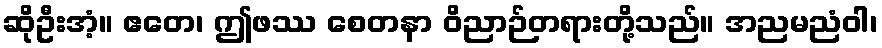
ဆိုဦးအံ့။ ဧတေ၊ ဤဖဿ စေတနာ ဝိညာဉ်တရားတို့သည်။ အညမညံဝါ၊